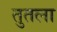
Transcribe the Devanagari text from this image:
तुतला